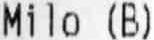
MILO (B)